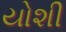
યોશી